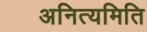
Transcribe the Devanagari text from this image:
अनित्यमिति